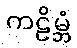
ကဠိမ္ဘံ